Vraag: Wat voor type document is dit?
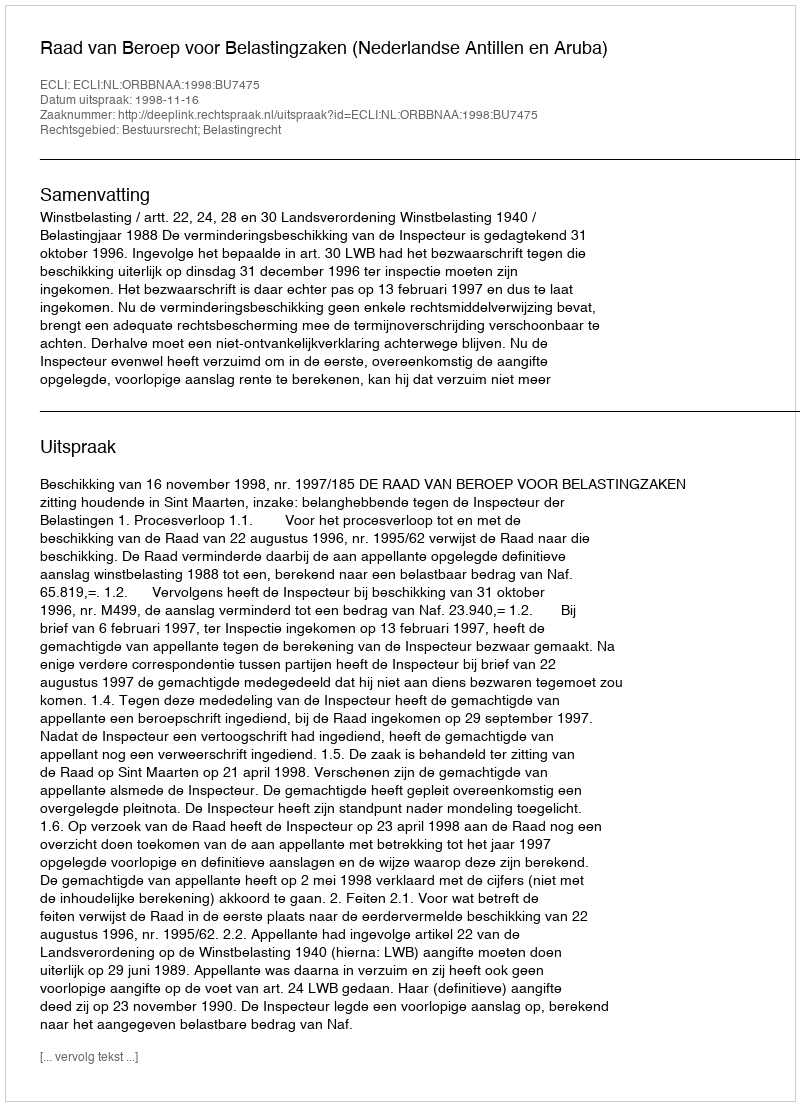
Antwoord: Uitspraak